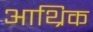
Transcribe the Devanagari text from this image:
आथ्रिक